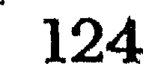
124